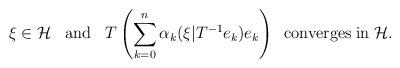
LaTeX: \begin{align*}\xi \in {\cal H} \;\;\; {\rm and} \;\;\; T \left( \sum_{k=0}^{n} \alpha_{k} ( \xi | T^{-1} e_{k}) e_{k} \right) \;\; {\rm converges \; in} \; {\cal H}. \end{align*}